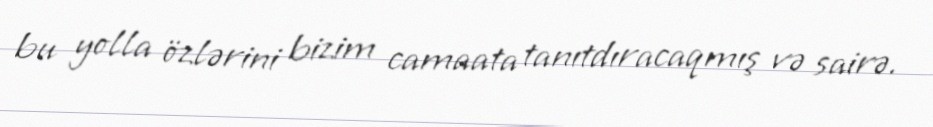
bu yolla özlərini bizim camaata tanıtdıracaqmış və sairə.